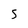
Character: 5